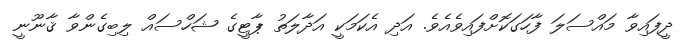
ދީފައިވާ މައްސަލަ ފާހަގަކޮށްފައިވެއެވެ. އަދި އެކަމަކީ އަދާލަތު ޕާޓީގެ ޝަހްސައް ލިބިގެންވާ ޤާނޫނީ